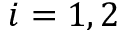
i = 1 , 2